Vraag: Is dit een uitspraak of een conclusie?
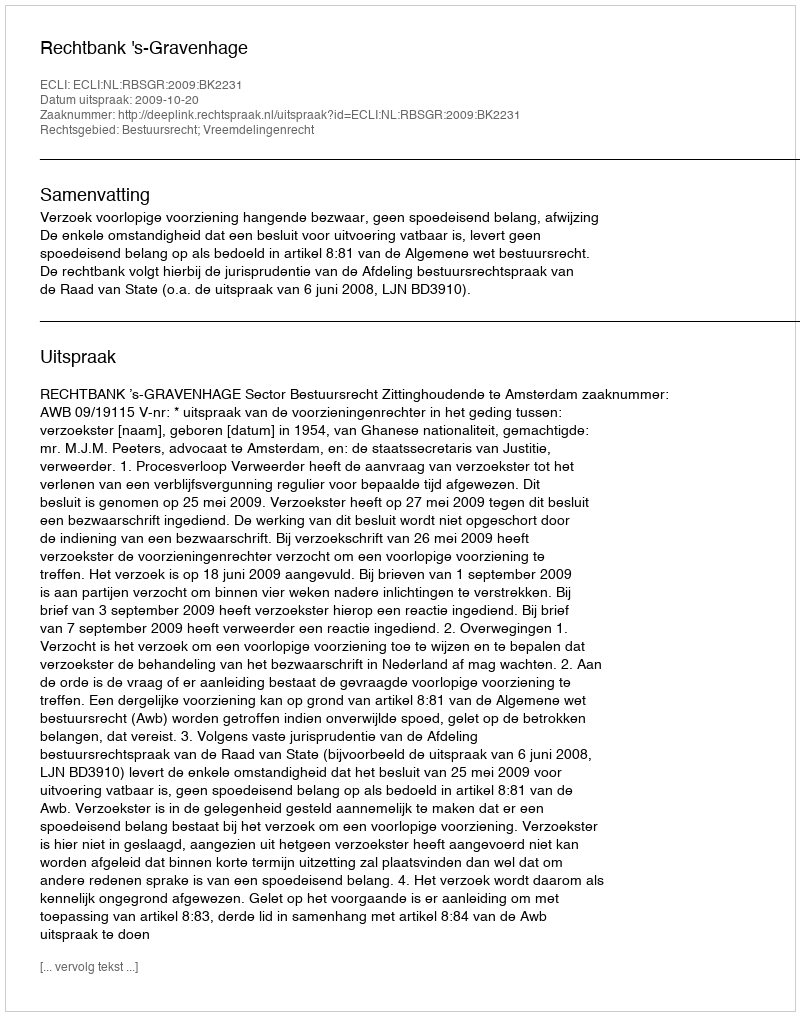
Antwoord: Uitspraak